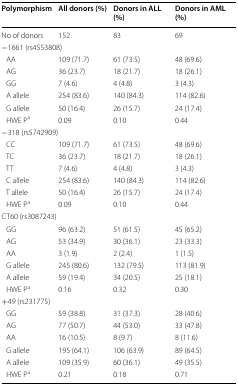
| Polymorphism | All donors (%) | Donors in ALL (%) | Donors in AML (%) |
 | --- | --- | --- | --- |
 | No of donors | 152 | 83 | 69 |
 | <COLSPAN=4> −1661 (rs4553808) |
 | AA | 109 (71.7) | 61 (73.5) | 48 (69.6) |
 | AG | 36 (23.7) | 18 (21.7) | 18 (26.1) |
 | GG | 7 (4.6) | 4 (4.8) | 3 (4.3) |
 | A allele | 254 (83.6) | 140 (84.3) | 114 (82.6) |
 | G allele | 50 (16.4) | 26 (15.7) | 24 (17.4) |
 | HWE Pa | 0.09 | 0.10 | 0.44 |
 | <COLSPAN=4> −318 (rs5742909) |
 | CC | 109 (71.7) | 61 (73.5) | 48 (69.6) |
 | TC | 36 (23.7) | 18 (21.7) | 18 (26.1) |
 | TT | 7 (4.6) | 4 (4.8) | 3 (4.3) |
 | C allele | 254 (83.6) | 140 (84.3) | 114 (82.6) |
 | T allele | 50 (16.4) | 26 (15.7) | 24 (17.4) |
 | HWE Pa | 0.09 | 0.10 | 0.44 |
 | <COLSPAN=4> CT60 (rs3087243) |
 | GG | 96 (63.2) | 51 (61.5) | 45 (65.2) |
 | AG | 53 (34.9) | 30 (36.1) | 23 (33.3) |
 | AA | 3 (1.9) | 2 (2.4) | 1 (1.5) |
 | G allele | 245 (80.6) | 132 (79.5) | 113 (81.9) |
 | A allele | 59 (19.4) | 34 (20.5) | 25 (18.1) |
 | HWE Pa | 0.16 | 0.32 | 0.30 |
 | <COLSPAN=4> +49 (rs231775) |
 | GG | 59 (38.8) | 31 (37.3) | 28 (40.6) |
 | AG | 77 (50.7) | 44 (53.0) | 33 (47.8) |
 | AA | 16 (10.5) | 8 (9.7) | 8 (11.6) |
 | G allele | 195 (64.1) | 106 (63.9) | 89 (64.5) |
 | A allele | 109 (35.9) | 60 (36.1) | 49 (35.5) |
 | HWE Pa | 0.21 | 0.18 | 0.71 |